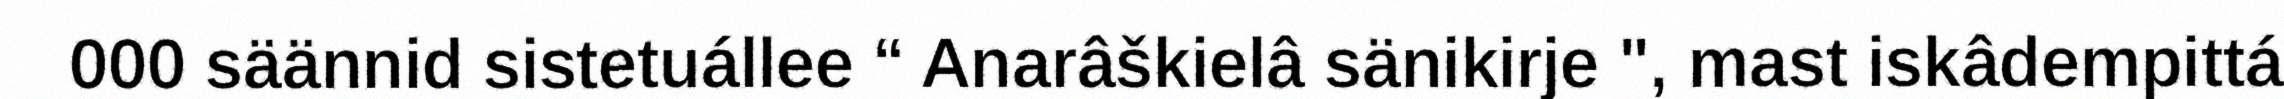
000 säännid sistetuállee “ Anarâškielâ sänikirje ", mast iskâdempittá